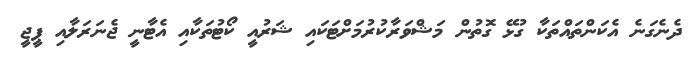
ދެނެގަނެ އެކަންތައްތަކާ ގުޅޭ ގޮތުން މަޝްވަރާކުރުމަށްޓަކައި ޝަރުއީ ކޯޓުތަކާއި އެޓާނީ ޖެނަރަލާއި ޕީޖީ